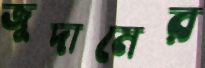
জুদামের